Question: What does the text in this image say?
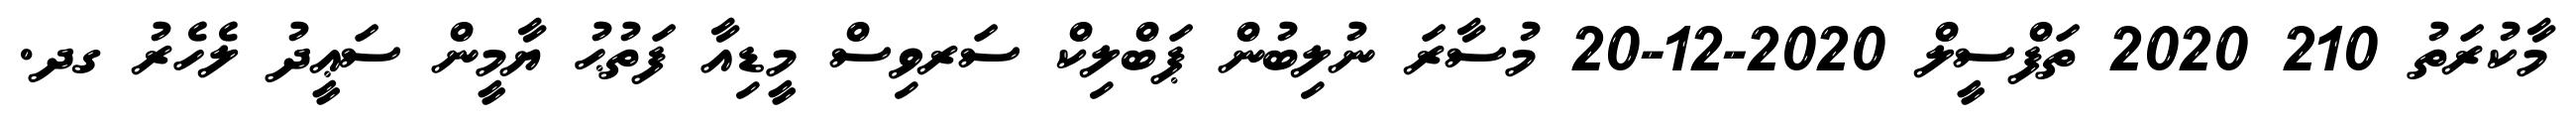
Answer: މާކުރަތު 210 2020 ތަފްސީލް 2020-12-20 މުސާރަ ނުލިބުން ޕަބްލިކް ސަރވިސް މީޑިއާ ފަތުޙު ޔާމީން ސަޢީދު ލެހެރު ގދ.